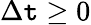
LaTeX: \Delta\mathtt{t}\geq0